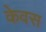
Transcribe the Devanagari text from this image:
केवस